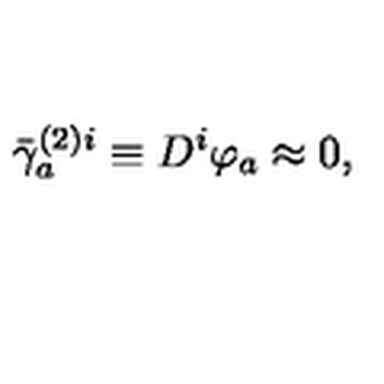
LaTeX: \bar { \gamma } _ { a } ^ { ( 2 ) i } \equiv D ^ { i } \varphi _ { a } \approx 0 ,